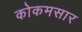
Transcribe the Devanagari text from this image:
कोकमसार